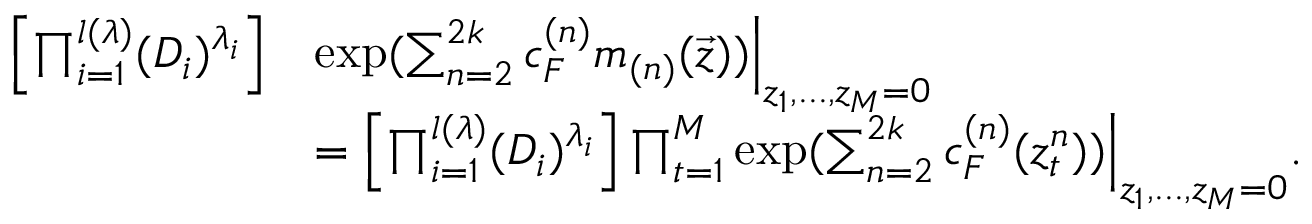
\begin{array} { r l } { \left[ \prod _ { i = 1 } ^ { l ( \lambda ) } ( D _ { i } ) ^ { \lambda _ { i } } \right] } & { \exp ( \sum _ { n = 2 } ^ { 2 k } c _ { F } ^ { ( n ) } m _ { ( n ) } ( \Vec { z } ) ) \Bigr | _ { z _ { 1 } , . . . , z _ { M } = 0 } } \\ & { = \left[ \prod _ { i = 1 } ^ { l ( \lambda ) } ( D _ { i } ) ^ { \lambda _ { i } } \right] \prod _ { t = 1 } ^ { M } \exp ( \sum _ { n = 2 } ^ { 2 k } c _ { F } ^ { ( n ) } ( z _ { t } ^ { n } ) ) \Bigr | _ { z _ { 1 } , . . . , z _ { M } = 0 } . } \end{array}